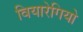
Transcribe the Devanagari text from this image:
वियारेगियो